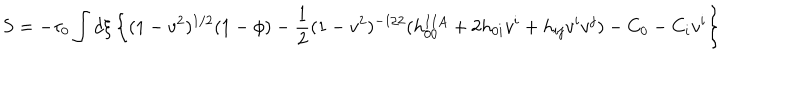
S = - \tau _ { 0 } \int d \xi \left\{ ( 1 - v ^ { 2 } ) ^ { 1 / 2 } ( 1 - \phi ) - { \frac { 1 } { 2 } } ( 1 - v ^ { 2 } ) ^ { - 1 / 2 } ( h _ { 0 0 } ^ { I I A } + 2 h _ { 0 i } v ^ { i } + h _ { i j } v ^ { i } v ^ { j } ) - C _ { 0 } - C _ { i } v ^ { i } \right\}